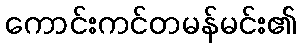
ကောင်းကင်တမန်မင်း၏